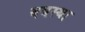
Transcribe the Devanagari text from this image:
वयस्था